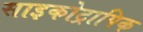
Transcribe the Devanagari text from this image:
साइकोट्रापिक